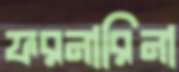
ফরনারিনা